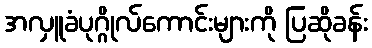
အလှူခံပုဂ္ဂိုလ်ကောင်းများကို ပြဆိုခန်း